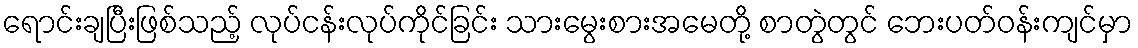
ရောင်းချပြီးဖြစ်သည့် လုပ်ငန်းလုပ်ကိုင်ခြင်း သားမွေးစားအမေတို့ စာတွဲတွင် ဘေးပတ်ဝန်းကျင်မှာ